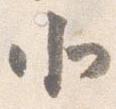
北